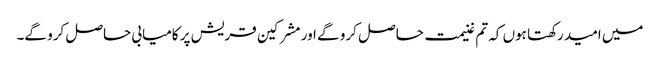
میں امید رکھتا ہوں کہ تم غنیمت حاصل کرو گے اور مشرکین قریش پر کامیابی حاصل کرو گے۔